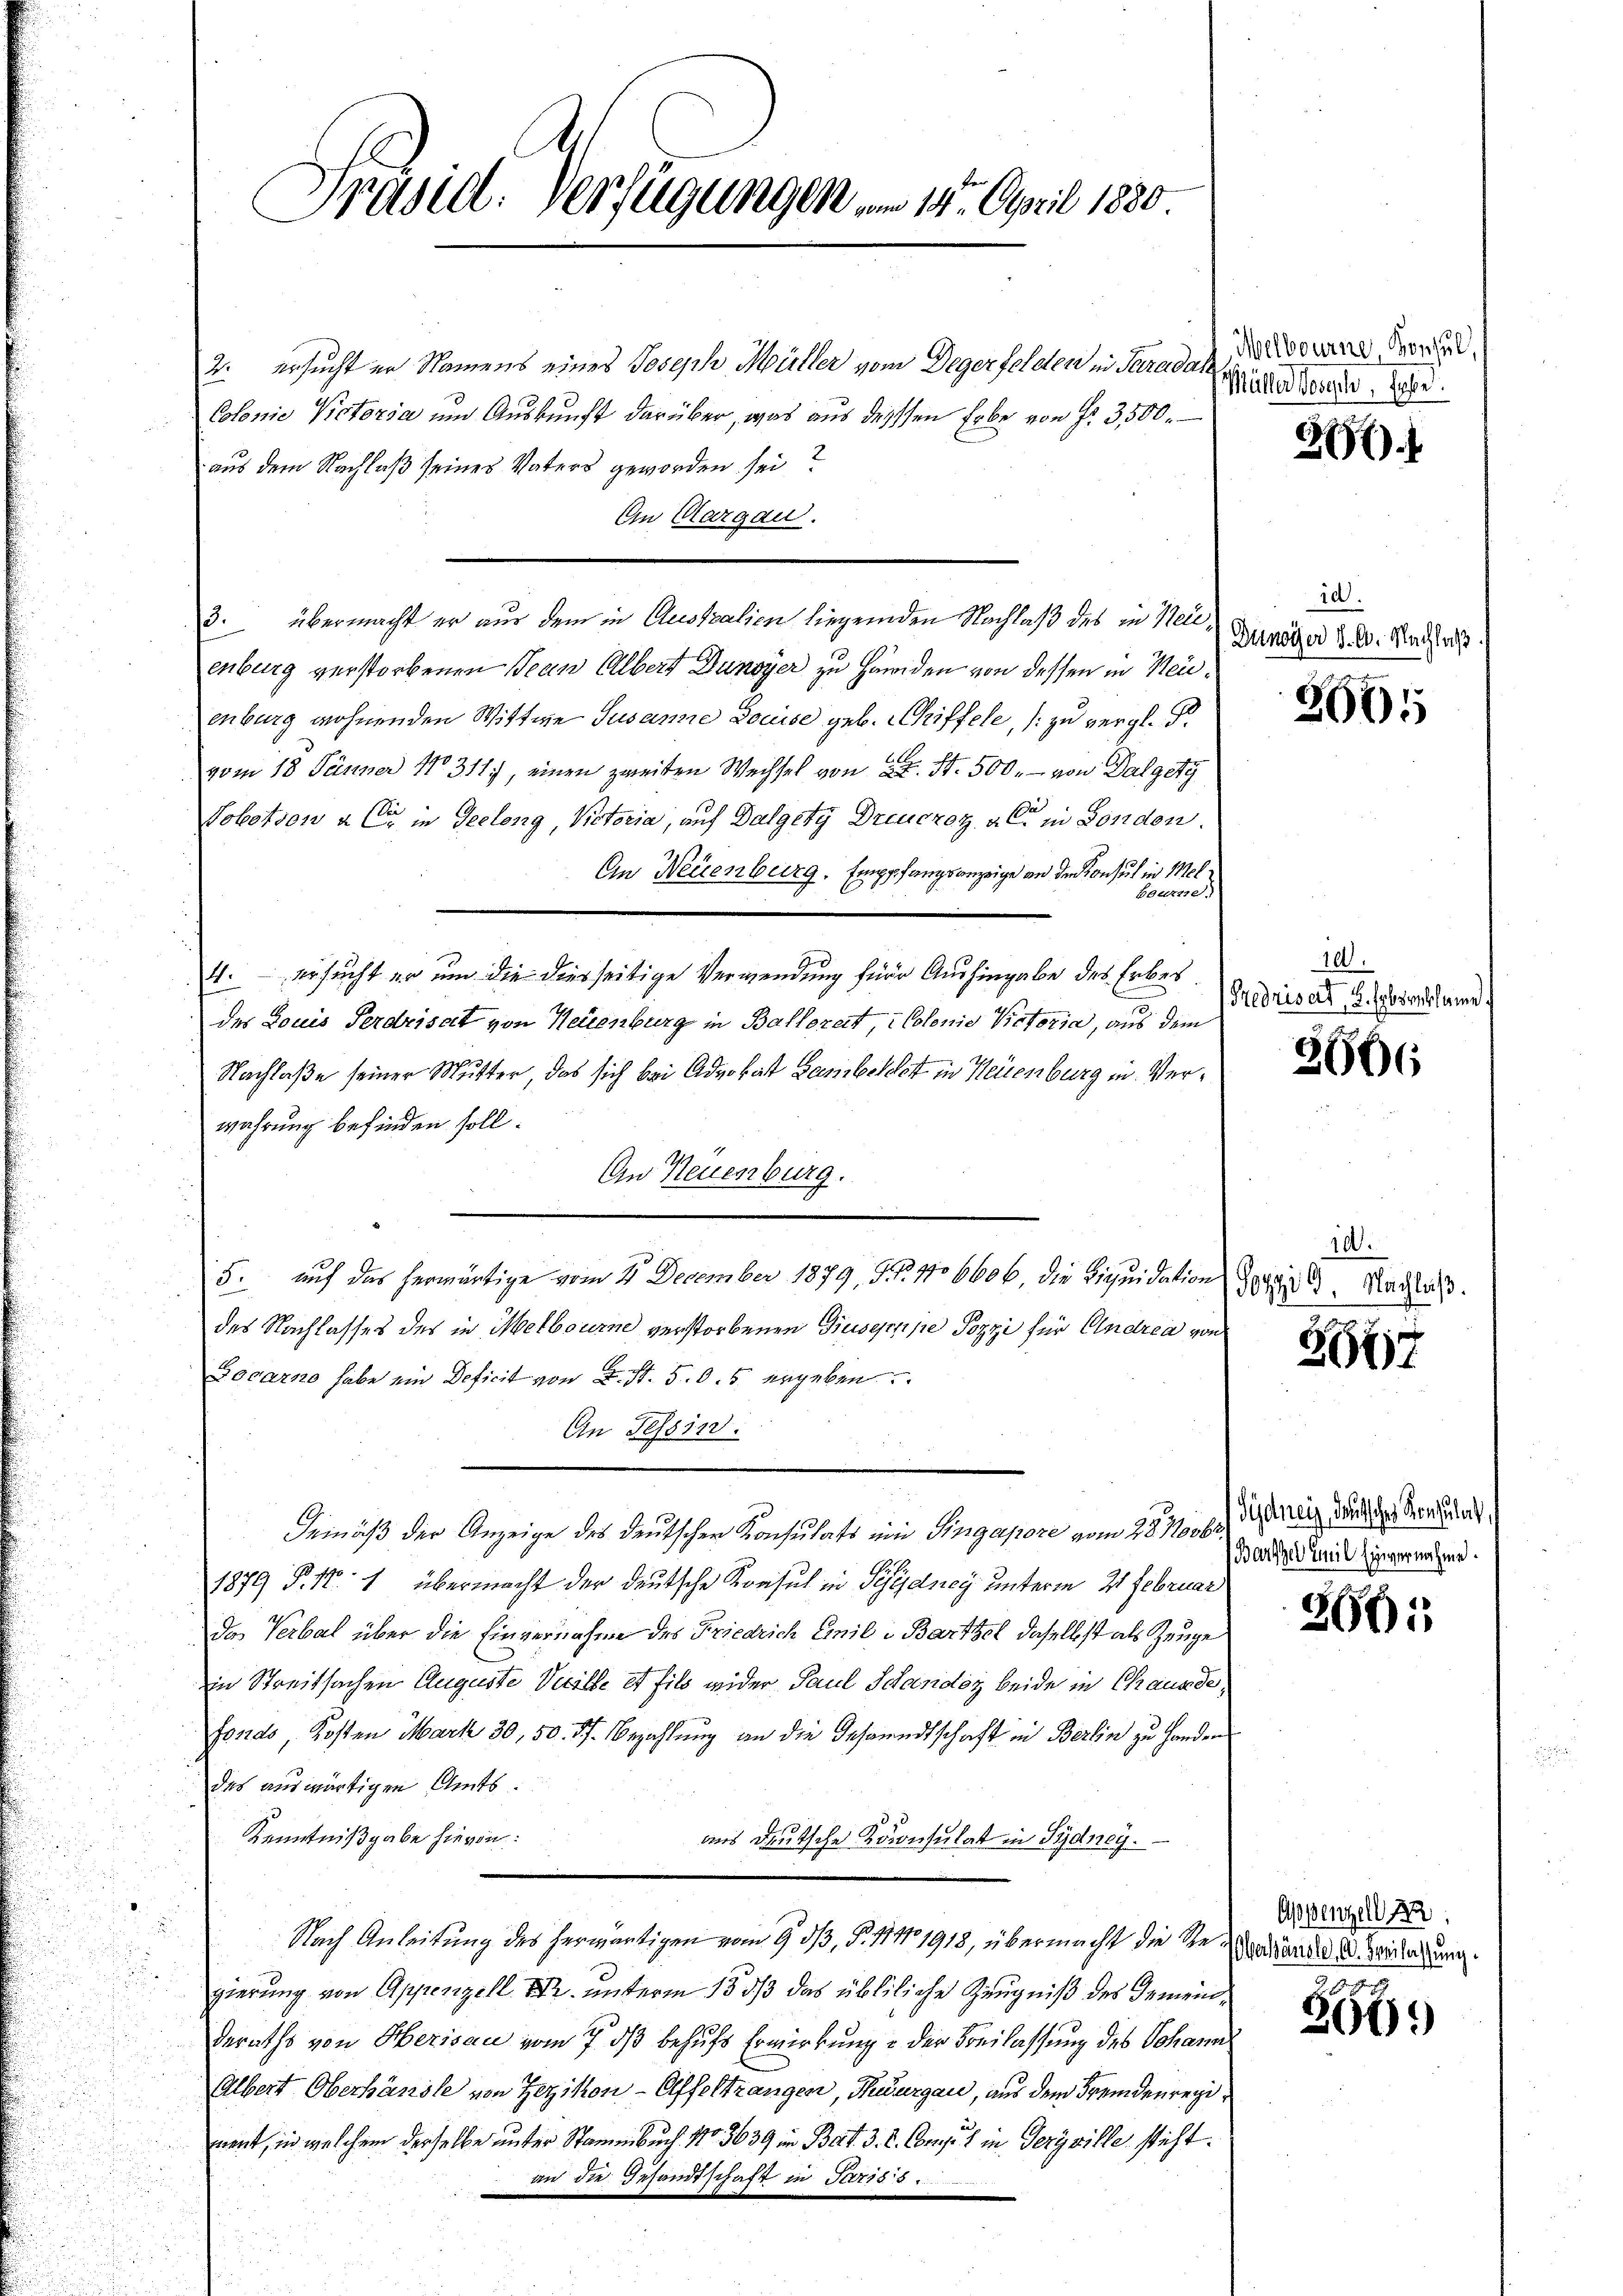
Präsid: Verfügungen vom 14. April 1880.

2. ersucht er Namens eines Joseph Müller vom Degerfelden in Paradah
Colonie Victoria und Auskunft darüber, was aus dessen Erbe von Fr. 3500.
aus dem Nachlaß seines Vaters geworden sei?
Ein Aargau.
enburg verstorbenen Jean Albert Dunoyer zu Händen von dessen in Neuenburg wohnenden Wittwe Susanne Douise geb. Schiffele, zu vergl. B
vom 18. Jänner 18311), einen zweiten Wechsel von 2 S. 500. - von Dalgeg
Tobotsow als in Seelang Victoria, auf Dalgety Dreucroz, als in London.
An Neuenburg. Empfangsanzeige an den Konsul in Mel¬
Borerse
4. ersucht er um die diesseitige Verwendung für Aushingabe des Erbes
des Louis Perdrisat von Neuenburg in Ballereit Colonio Victoria, aus dem
Nachlaße seiner Mutter, das sich bei Advokat Lambelst in Neuenburg in Verwahrung befinden soll.
An Neuenburg.
des Nachlasses des in Melbourne verstorbenen Giuseppe Pozzi für Andrea von
Gocarno habe ein Deficit von L. St. 50. 5 ergeben
An Tessin:
Gemäß der Anzeige des deutschen Konsulats um Singapore vom 28. Novbr
1879 P. Nr. 1 übermacht der deutsche Konsul in Siedney unterm 21 Februar
Das Verbal über die Einvernahme des Friedrich Emil Bartsel daselbst als Zeuge
in Streitsachen Auguste Vicille et fils wider Paul Schander beide in Chausde
fonds, Kosten Mark 30, 50. 57. Bezahlung an die Gesandtschaft in Berlin zu Handen
des auswärtigen Amts¬
Kenntnißgabe hievon:
aus deutsche Koconsulat in Sydney.
.
Nach Anleitŭng des herwärtigen vom 9. dβ, §. 11 No 1918, übermacht die Regierung von Appenzell, Dr. unterm 15. dß das übliliche Zeugniß des Gemein
deraths von Herisau vom 7. ds behufs Erwirkung & der Breilassung des Johann
Albert Oberhändle von Zezikon - Elffeltrangen, Hudurgau, aus dem Fremdenregi
nent, in welchem derselbe unter Stammbuch No 3639 in Bat. 3. K. Consul in Teryville steht.
an die Gesandtschaft in Pariss.

3. übermacht er aus dem in Australien liegenden Nachlaß des in Nei¬

5. auf das herwärtige vom 21. December 1879, Fr. No 6606 die Liquidation

Melbourne Konsul
Müller Joseph, habe.

2)

id
Dinoiser d. 6. Nachlaß.

2665

10.
Fredrisart, u. Erbsreklame.

2606

10.
Pozzi G. Nachlaβ.

3617

Gydneiz, deutsches Konsulat,
Barzel Emil Einvernahme.

266:

Appenzell
Überländle, A. Beilassung.

366.